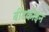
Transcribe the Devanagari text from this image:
बीटकोइन